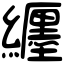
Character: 纒